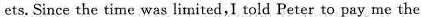
ets. Since the time was limited,I told Peter to pay me the